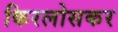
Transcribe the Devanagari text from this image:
किरलोसकर